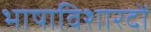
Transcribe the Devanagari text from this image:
भाषाविशारदों